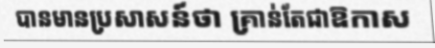
បានមានប្រសាសន៍ថា គ្រាន់តែជាឱកាស